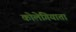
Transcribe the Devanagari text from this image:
कोलेगियाता